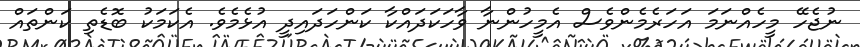
ނުޖެހޭ މީހެއްނަމަ އަހަރެމެންވެސް އެމީހުންނާ ވާހަކަދައްކާ ކަންހަދައިދީ އުޅެމެވެ. އެކަމަކު ބޮޑެތި ކަންތައް